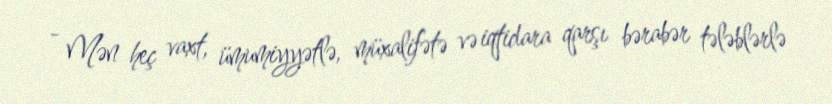
- Mən heç vaxt, ümumiyyətlə, müxalifətə və iqtidara qarşı bərabər tələblərlə